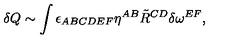
\delta Q \sim \int \epsilon _ { A B C D E F } \eta ^ { A B } \tilde { R } ^ { C D } \delta \omega ^ { E F } ,